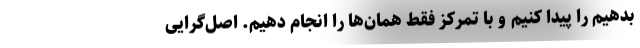
بدهیم را پیدا کنیم و با تمرکز فقط همان‌ها را انجام دهیم. اصل‌گرایی